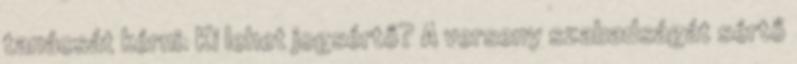
tanácsát kérni. Ki lehet jogsértő? A verseny szabadságát sértő